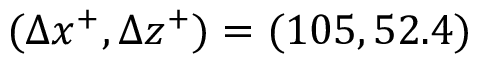
( \Delta x ^ { + } , \Delta z ^ { + } ) = ( 1 0 5 , 5 2 . 4 )